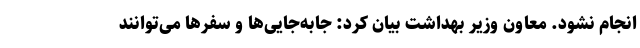
انجام نشود. معاون وزیر بهداشت بیان کرد: جابه‌جایی‌ها و سفرها می‌توانند